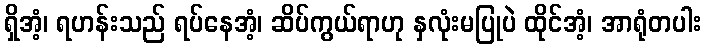
ရှိအံ့၊ ရဟန်းသည် ရပ်နေအံ့၊ ဆိပ်ကွယ်ရာဟု နှလုံးမပြုပဲ ထိုင်အံ့၊ အာရုံတပါး